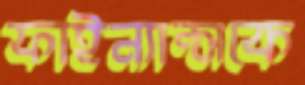
ফাইন্যান্সকে